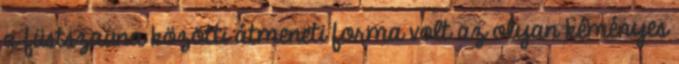
a füstszauna közötti átmeneti forma volt az olyan kéményes